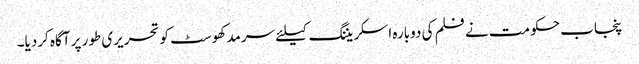
پنجاب حکومت نے فلم کی دوبارہ اسکریننگ کیلئے سرمد کھوسٹ کو تحریری طور پر آگاہ کردیا۔